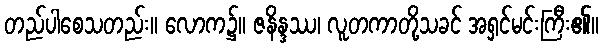
တည်ပါစေသတည်း။ လောက၌။ ဇနိန္ဒဿ၊ လူတကာတို့သခင် အရှင်မင်းကြီး၏။